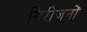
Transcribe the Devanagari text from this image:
गिरीजनों